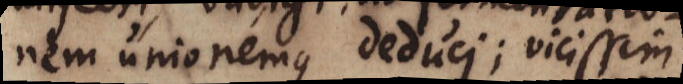
nem unionemque deduci; vicissim